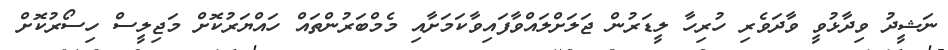
ނަޝީދު ވިދާޅުވީ ވާދަވެރި ހުރިހާ ލީޑަރުން ޖަލަށްލައްވާފައިވާކަމަށާއި މެމްބަރުންތައް ހައްޔަރުކޮށް މަޖިލީސް ހިސޯރުކޮށް